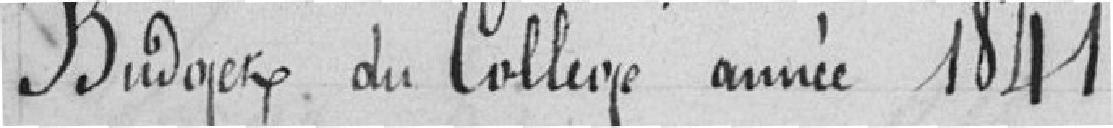
Budget du Collège année 1841.